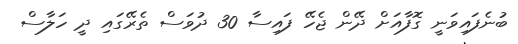
ބުނެފައިވަނީ ގޮފާއަށް ދޭން ޖެހޭ ފައިސާ 30 ދުވަސް ތެރޭގައި ދީ ހަލާސް